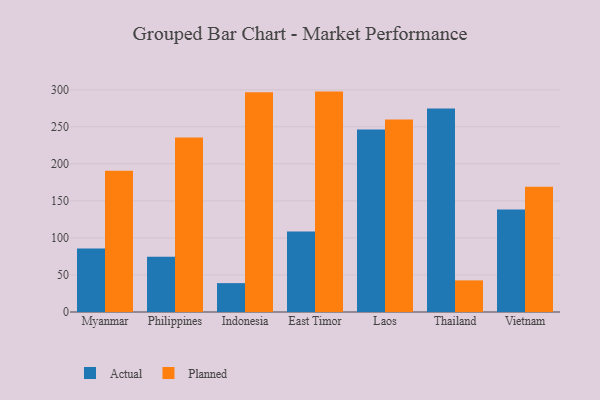
{"axis": {"x": "Country", "y": "Population (Million)"}, "legend": ["Actual", "Planned"], "data": [{"x": "Myanmar", "y": 85.9, "type": "Actual"}, {"x": "Myanmar", "y": 190.8, "type": "Planned"}, {"x": "Philippines", "y": 74.5, "type": "Actual"}, {"x": "Philippines", "y": 235.5, "type": "Planned"}, {"x": "Indonesia", "y": 39.0, "type": "Actual"}, {"x": "Indonesia", "y": 296.7, "type": "Planned"}, {"x": "East Timor", "y": 108.6, "type": "Actual"}, {"x": "East Timor", "y": 297.6, "type": "Planned"}, {"x": "Laos", "y": 246.5, "type": "Actual"}, {"x": "Laos", "y": 259.9, "type": "Planned"}, {"x": "Thailand", "y": 274.7, "type": "Actual"}, {"x": "Thailand", "y": 42.7, "type": "Planned"}, {"x": "Vietnam", "y": 138.4, "type": "Actual"}, {"x": "Vietnam", "y": 169.0, "type": "Planned"}]}